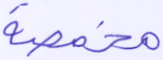
مخمصة